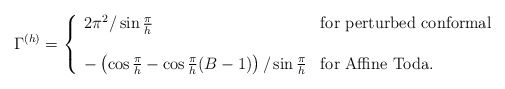
\begin{align*}\Gamma^{(h)}=\left\{\begin{array}{lll}2\pi^2/\sin\frac{\pi}{h} &{\rm for} \ {\rm perturbed \ conformal} \\ & & \\-\left(\cos\frac{\pi}{h}-\cos\frac{\pi}{h}(B-1)\right)/\sin\frac{\pi}{h} &{\rm for} \ {\rm Affine \ Toda.}\end{array}\right.\end{align*}